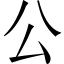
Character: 公